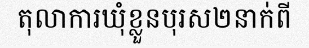
តុលាការឃុំខ្លួនបុរស២នាក់ពី